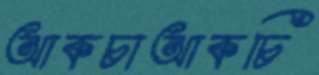
আকচাআকচি